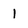
Character: I